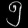
Digit: ၅